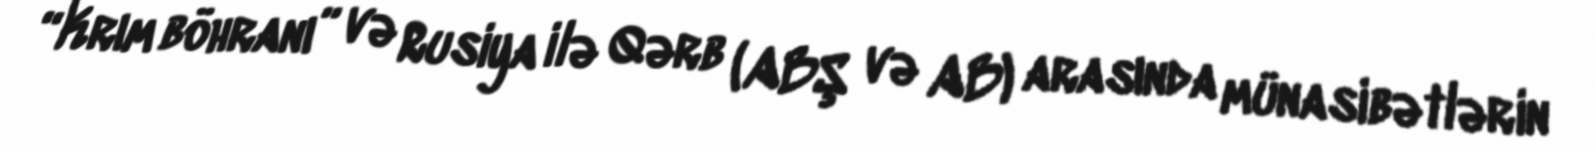
“Krım böhranı” və Rusiya ilə Qərb (ABŞ və AB) arasında münasibətlərin